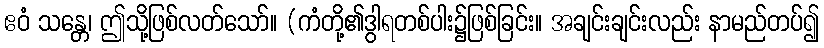
ဧဝံ သန္တေ၊ ဤသို့ဖြစ်လတ်သော်။ (ကံတို့၏ဒွါရတစ်ပါး၌ဖြစ်ခြင်း။ အချင်းချင်းလည်း နာမည်တပ်၍